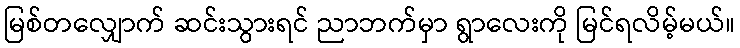
မြစ်တလျှောက် ဆင်းသွားရင် ညာဘက်မှာ ရွာလေးကို မြင်ရလိမ့်မယ်။